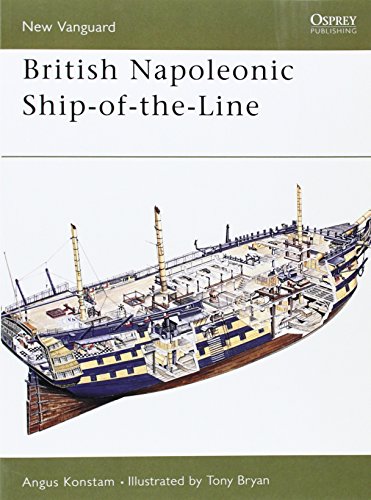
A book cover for British Napoleonic Ship-of-the-Line (New Vanguard); Angus Konstam; History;